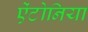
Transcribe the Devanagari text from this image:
ऐंटोनिया